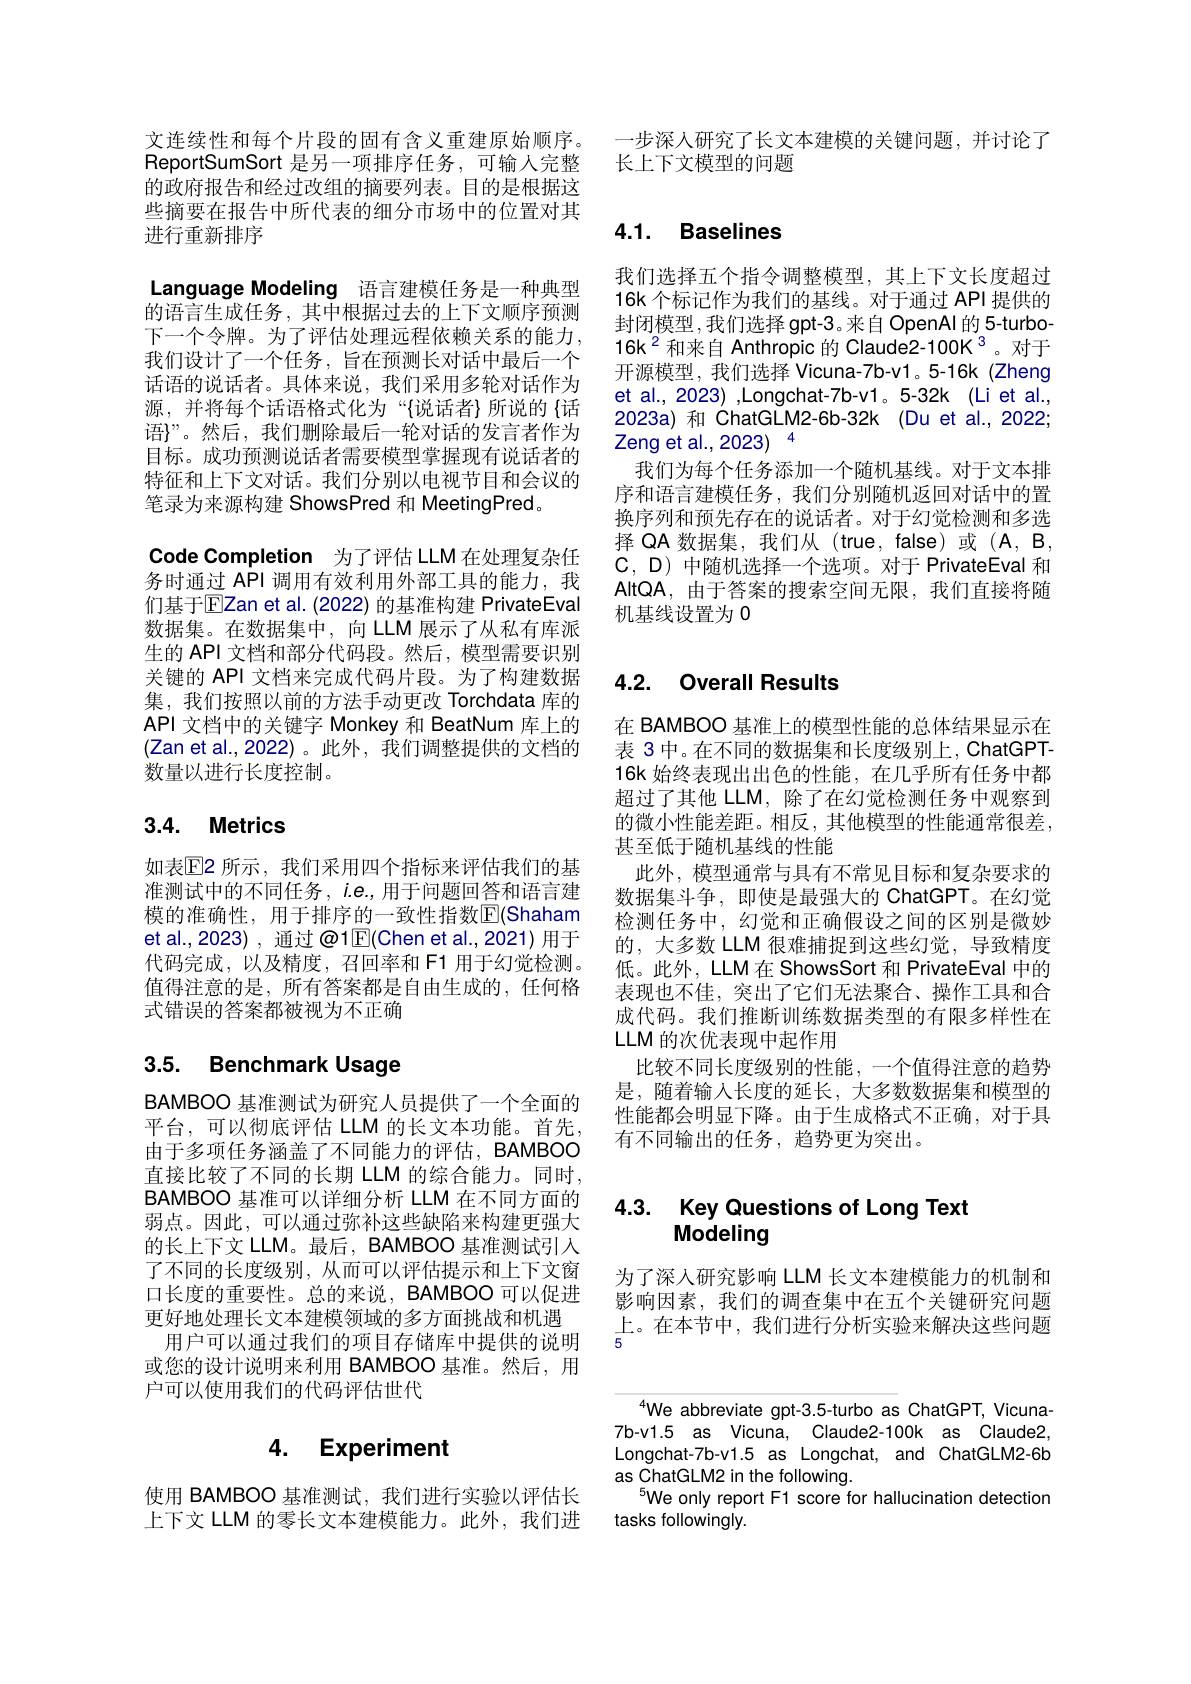
文连续性和每个片段的固有含义重建原始顺序。ReportSumSort 是另一项排序任务，可输入完整的政府报告和经过改组的摘要列表。目的是根据这些摘要在报告中所代表的细分市场中的位置对其进行重新排序

Language Modeling 语言建模任务是一种典型的语言生成任务，其中根据过去的上下文顺序预测下一个令牌。为了评估处理远程依赖关系的能力， 我们设计了一个任务，旨在预测长对话中最后一个话语的说话者。具体来说，我们采用多轮对话作为源，并将每个话语格式化为“{说话者}所说的{话：} 语$\}”$。然后，我们删除最后一轮对话的发言者作为目标。成功预测说话者需要模型掌握现有说话者的特征和上下文对话。我们分别以电视节目和会议的笔录为来源构建 ShowsPred 和 MeetingPred。
Code Completion 为了评估 LLM 在处理复杂任务时通过 API 调用有效利用外部工具的能力，我们基于EZan et al. (2022) 的基准构建 PrivateEval 数据集。在数据集中，向 LLM 展示了从私有库派生的 API 文档和部分代码段。然后，模型需要识别关键的 API 文档来完成代码片段。为了构建数据集，我们按照以前的方法手动更改 Torchdata 库的API 文档中的关键字 Monkey 和 BeatNum 库上的(Zan et al.,2022)。此外，我们调整提供的文档的数量以进行长度控制。

# 3.4. Metrics

如表$\mathbb{E}$2 所示，我们采用四个指标来评估我们的基准测试中的不同任务，$i.e.$,用于问题回答和语言建模的准确性，用于排序的一致性指数$\overline{\mathbb{E}}($Shaham et al.,2023) , 通过 @1$\overline{\mathrm{E}}($Chen et al.,2021) 用于代码完成，以及精度，召回率和 F1 用于幻觉检测。值得注意的是，所有答案都是自由生成的，任何格式错误的答案都被视为不正确

# 3.5. Benchmark Usage

BAMBOO 基准测试为研究人员提供了一个全面的平台，可以彻底评估 LLM 的长文本功能。首先， 由于多项任务涵盖了不同能力的评估，BAMBOO 直接比较了不同的长期 LLM 的综合能力。同时， BAMBOO 基准可以详细分析 LLM 在不同方面的弱点。因此，可以通过弥补这些缺陷来构建更强大的长上下文 LLM。最后，BAMBOO 基准测试引入了不同的长度级别，从而可以评估提示和上下文窗口长度的重要性。总的来说，BAMBOO 可以促进更好地处理长文本建模领域的多方面挑战和机遇
用户可以通过我们的项目存储库中提供的说明或您的设计说明来利用 BAMBOO 基准。然后，用户可以使用我们的代码评估世代

# 4. Experiment

使用 BAMBOO 基准测试，我们进行实验以评估长上下文 LLM 的零长文本建模能力。此外，我们进

一步深人研究了长文本建模的关键问题，并讨论了
长上下文模型的问题

# 4.1. Baselines

我们选择五个指令调整模型，其上下文长度超过16k 个标记作为我们的基线。对于通过 API 提供的封闭模型，我们选择 gpt-3。来自 OpenAl 的 5-turbo- $16\mathrm{k}^{2}$和来自 Anthropic 的 Claude2-100K$^{3}$。对于开源模型，我们选择 Vicuna-7b-v1。5-16k(Zheng) et al., 2023) ,Longchat-7b-v1。5-32k (Li et al., 2023a) 和 ChatGLM2-6b-32k (Du et al., 2022; Zeng et al., 2023) 4
我们为每个任务添加一个随机基线。对于文本排序和语言建模任务，我们分别随机返回对话中的置换序列和预先存在的说话者。对于幻觉检测和多选择 QA 数据集，我们从 (true, false)或 (A, B, C, D) 中随机选择一个选项。对于 PrivateEval 和AltQA,由于答案的搜索空间无限，我们直接将随机基线设置为 0

## 4.2. Overall Results

在 BAMBOO 基准上的模型性能的总体结果显示在表 3 中。在不同的数据集和长度级别上，ChatGPT- 16k 始终表现出出色的性能，在几乎所有任务中都超过了其他 LLM, 除了在幻觉检测任务中观察到的微小性能差距。相反，其他模型的性能通常很差， 甚至低于随机基线的性能
此外，模型通常与具有不常见目标和复杂要求的数据集斗争，即使是最强大的 ChatGPT。在幻觉检测任务中，幻觉和正确假设之间的区别是微妙的，大多数 LLM 很难捕捉到这些幻觉，导致精度低。此外，LLM在 ShowsSort 和 PrivateEval 中的表现也不佳，突出了它们无法聚合、操作工具和合成代码。我们推断训练数据类型的有限多样性在LLM 的次优表现中起作用
比较不同长度级别的性能，一个值得注意的趋势是，随着输入长度的延长，大多数数据集和模型的性能都会明显下降。由于生成格式不正确，对于具有不同输出的任务，趋势更为突出。

## 4.3. Key Questions of Long Text Modeling

为了深人研究影响 LLM 长文本建模能力的机制和影响因素，我们的调查集中在五个关键研究问题上。在本节中，我们进行分析实验来解决这些问题

We abbreviate gpt-3.5-turbo as ChatGPT, Vicuna- 7b-v1.5 as Vicuna, Claude2-100k as Claude2, Longchat-7b-v1.5 as Longchat, and ChatGLM2-6b as ChatGLM2 in the following.
We only report F1 score for hallucination detection
tasks followingly.